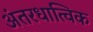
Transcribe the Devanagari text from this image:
अंतरधात्विक